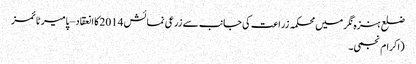
ضلع ہنزہ نگر میں محکمہ زراعت کی جانب سے زرعی نمائش 2014کا انعقاد – پامیر ٹائمز
(اکرام نجمی۔